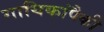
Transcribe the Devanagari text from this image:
गायिकांपैकी